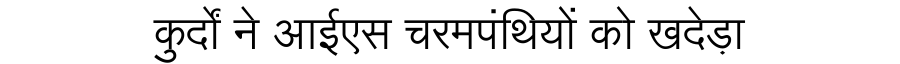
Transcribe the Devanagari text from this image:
कुर्दों ने आईएस चरमपंथियों को खदेड़ा